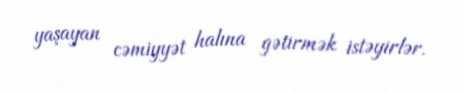
yaşayan cəmiyyət halına gətirmək istəyirlər.